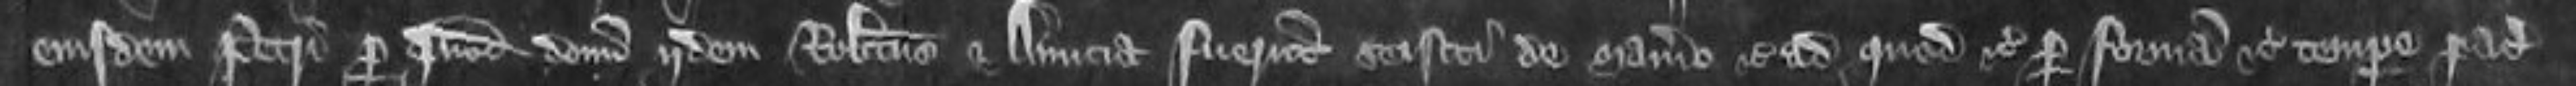
eiusdem Petri per quod donum iidem Robertus et Amicia fuerunt seisiti de manerio etc ad quod etc per formam etc tempore pacis